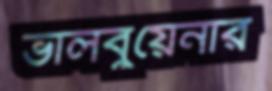
ভালবুয়েনার